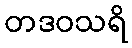
တဒဝသရိ